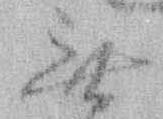
無